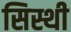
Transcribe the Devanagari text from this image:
सिस्थी